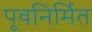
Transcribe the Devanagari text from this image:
पूवनिर्मित